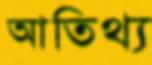
আতিথ্য